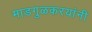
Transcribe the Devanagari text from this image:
माडगुळकरयांनी